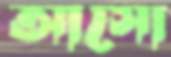
আসো